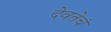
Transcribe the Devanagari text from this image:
देवतेचं